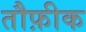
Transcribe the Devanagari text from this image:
तौफ़ीक